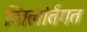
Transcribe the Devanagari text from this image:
जिलांर्तगत